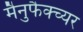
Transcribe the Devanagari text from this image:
मैनुफैक्च्यर